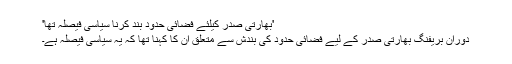
'بھارتی صدر کیلئے فضائی حدود بند کرنا سیاسی فیصلہ تھا'
دوران بریفنگ بھارتی صدر کے لیے فضائی حدود کی بندش سے متعلق ان کا کہنا تھا کہ یہ سیاسی فیصلہ ہے۔